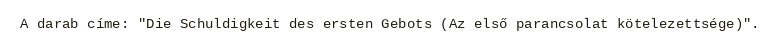
A darab címe: "Die Schuldigkeit des ersten Gebots (Az első parancsolat kötelezettsége)".